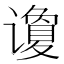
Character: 𰶍